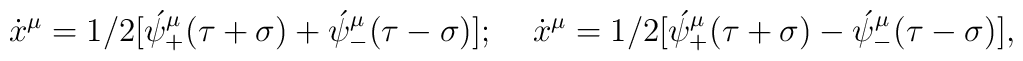
\dot x^{\mu}=1/2[\acute \psi^{\mu}_+(\tau+\sigma)+\acute \psi^{\mu}_-(\tau-\sigma)];\;\;\;\;\dot x^{\mu}=1/2[\acute \psi^{\mu}_+(\tau+\sigma)-\acute \psi^{\mu}_-(\tau-\sigma)],